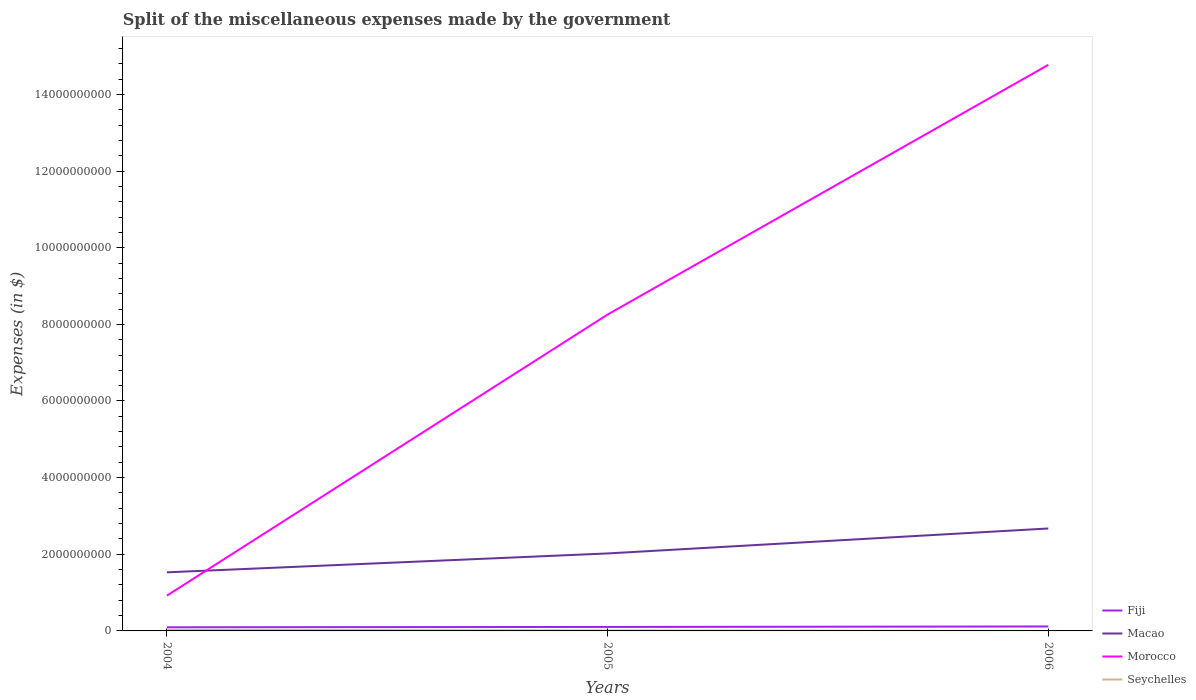
| Years | Fiji | Macao | Morocco | Seychelles |
 | --- | --- | --- | --- | --- |
 | 2004 | 9.51e+07 | 1.53e+09 | 9.22e+08 | 2.72e+07 |
 | 2005 | 1.04e+08 | 2.02e+09 | 8.26e+09 | 1.26e+07 |
 | 2006 | 1.16e+08 | 2.67e+09 | 1.48e+10 | 8e+05 |